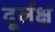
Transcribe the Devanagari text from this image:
दूर्लक्ष